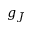
g _ { J }